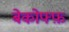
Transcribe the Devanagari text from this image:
बेकोफ्फ़